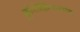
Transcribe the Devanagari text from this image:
फ्लोरोक्विनालोन